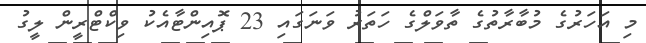
މި އަހަރުގެ މުބާރާތުގެ ތާވަލްގެ ހަތަރު ވަނަގައި 23 ޕޮއިންޓާއެކު ވިކްޓްރީން ލީގު